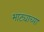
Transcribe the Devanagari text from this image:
भाट्याच्या